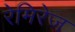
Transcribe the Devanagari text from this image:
रेमिरेज